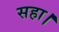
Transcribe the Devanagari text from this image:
सहा।